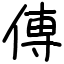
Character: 𫝊